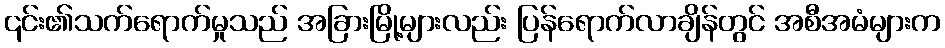
၎င်း၏သက်ရောက်မှုသည် အခြားမြို့များလည်း ပြန်ရောက်လာချိန်တွင် အစီအမံများက